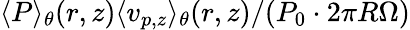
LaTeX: \langle P\rangle_{\theta}(r,z)\langle v_{p,z}\rangle_{\theta}(r,z)/(P_{0}\cdot 2\pi R\Omega)